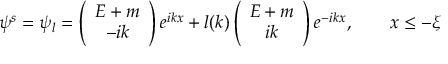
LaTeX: \psi ^ { s } = \psi _ { l } = \left( \begin{array} { c } { { E + m } } \\ { { - i k } } \end{array} \right) e ^ { i k x } + l ( k ) \left( \begin{array} { c } { { E + m } } \\ { { i k } } \end{array} \right) e ^ { - i k x } , \qquad x \leq - \xi